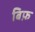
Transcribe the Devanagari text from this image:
बिफ़